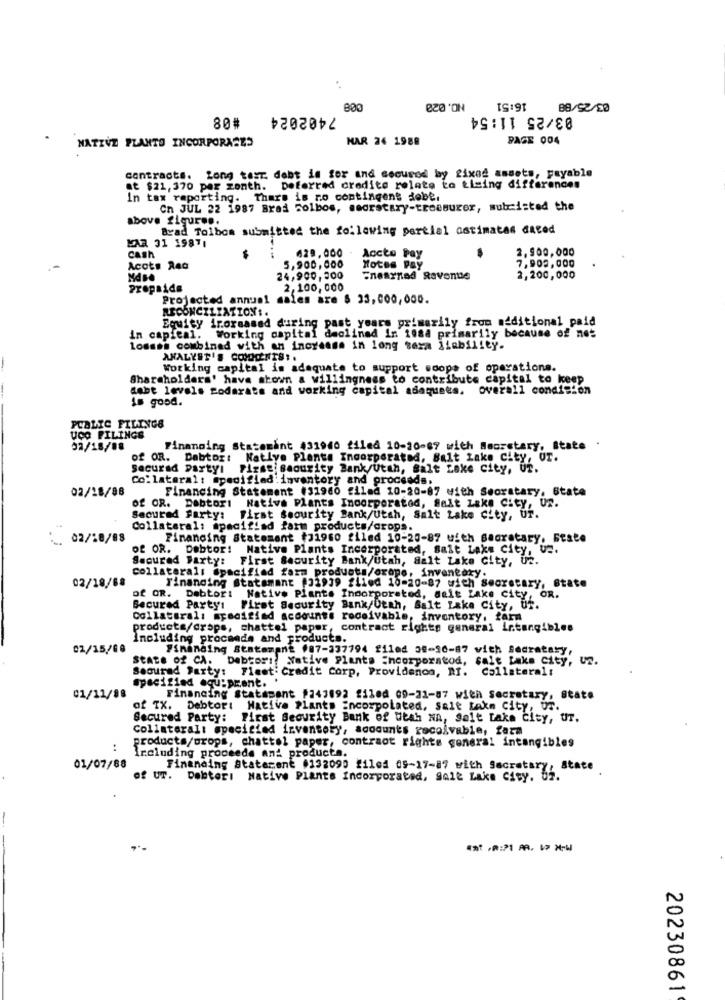
NO. 020
16:51
7402024
03/25 11:54
80#
NATIVZ PLANTO INCORPORASES
MAR 24 1988
PAGE 004
contracts. Long test. debt is for and secured by fixed assets, payable
at $21, 370 per zonth. Deferred credito relate to tising differences
In tax reporting. There is no contingent dobe.
Cn JUL 22 1987 Brad Solbos, medrotary-treasurer, mutristed the
above figures.
Brad Tolbos submitted the following partial ostimatas dated
MAR 31 19871
cash
2,900,000
$
629,000 - Accto Pay
7,909,000
Acots Rea
5,900,000
Notes Pay
24,900, 300
Enasynad Revente
2,200,000
Prepaida
2,100, 000
Projected annual sales are § 33,000,000.
RECONCILIATION :.
Equity iroraased during past years primarily from méditional paid
in capital. Working capital declined in 1088 primarily because of net
losses combined with an increase in long sera ilability.
ANALYET'S COMMENTS :.
Working capital is adequate to support scope of operations.
Shareholders' have shown a willingness to contribute capital to keep
debt levels Podarats and working capital adequses. overall condition
is good.
PCALIC FILINGS
UCO FILINGS
02/18/08
Financing Statemant 031940_filed 10-20-67 with Secretary, State .
of OR. Dabtor: Native Plants Incorporated, Salt Lake City, UT.
Securad partyl Fizsei security Bank/Utah, Salt Lake city, UT.
Collateral: specified inventory and proceeds.
02/18/88
Financing Statement (31980 filed 10-20-87 with Seoratary, State
Of OR. Dobtori Native Plants Incorporated, Salt Lake City, Un.
Secured Farty: First seourity Bank/Utah, Salt Lake city, Ur.
Collateral: apacifind farm products/crops.
02/18/88
Financing Statement #31960 filed 10-20-87 with secretary. Beate
of OR. Debtor: Native Plants Incorporated, Salt Lake City, U2.
Secured Farty: First Security Bank/Utah, Salt Lake city, un.
02/18/68
Collateral: @pacifiad farm products/orope, inventory.
Financing Statemant (32939 flied 10-20-87 with Secretary, State
of OR. Debtor: Native Plants Incorporated, salt Lake city, OR.
Secured Partys
First Security Bank/Utah, Salt Lake City, Uf.
Collateralı specified accounts rodoivable, inventory, farm
products/crops, chattel paper
contract rightp general intangibles
Including proceeds and products.
02/15/68
Financing Statement #87-337794 21led 38-10-87 vich Secretary,
State of CA. Debtors: Native Plants incorporatod, salt lake city, un.
Secured Party: Fleet' Credit Corp, Providence, RI. Collateral:
specified equipment. .
01/11/88
Financing Statamant #243492 filed 09-21-87 with secretary, State
of TX. Debtort Native Plants incorpolated, Salt Lake City, Ur.
Secured Party: First Security Bank of Utah NA, Salt Lake city, UT.
Collateral: specified inventory, accounts receivable, faza
products/props, chattel paper, contract rights general intangibles
:
Including proceeds and products.
01/07/88
Financing Statarene 132090 filed 05-17-87 with Secretary, State
of UT. Debteri Native Plants Incorporated, Salt Lake City. Uz.
20230861